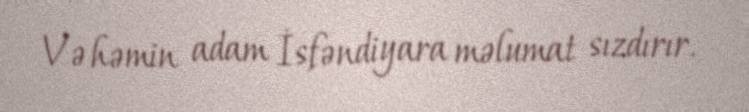
Və həmin adam İsfəndiyara məlumat sızdırır.